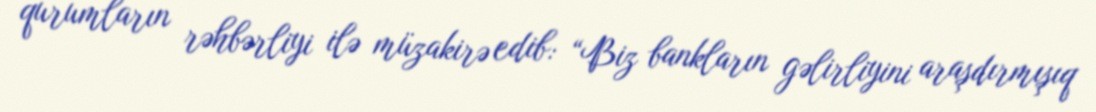
qurumların rəhbərliyi ilə müzakirə edib: “Biz bankların gəlirliyini araşdırmışıq